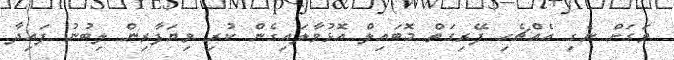
ވަގަށް ނެގި އެއްޗެހި ފޭރިގަތް މޮބައިލް އޮޅުވާލައިގެން ކުރި ވިޔަފާރިން ލިބުނު ފައިދާ